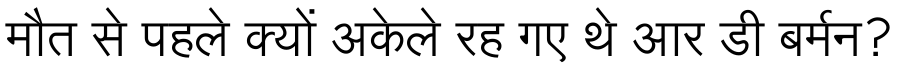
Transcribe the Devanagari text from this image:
मौत से पहले क्यों अकेले रह गए थे आर डी बर्मन?